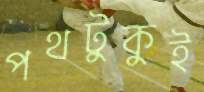
পথটুকুই